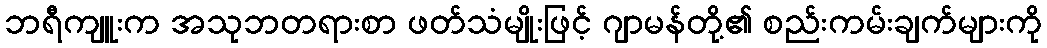
ဘရီကျူးက အသုဘတရားစာ ဖတ်သံမျိုးဖြင့် ဂျာမန်တို့၏ စည်းကမ်းချက်များကို